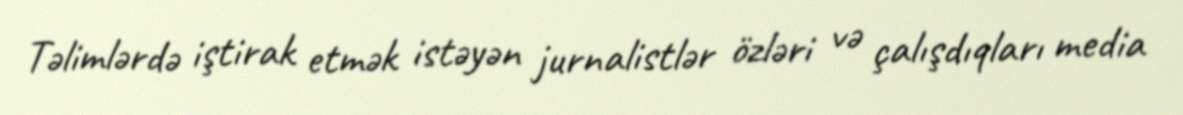
Təlimlərdə iştirak etmək istəyən jurnalistlər özləri və çalışdıqları media